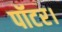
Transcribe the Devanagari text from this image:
पॉटर।